Madras plague regulations and rules - Volume 1
Disease focus: Plague
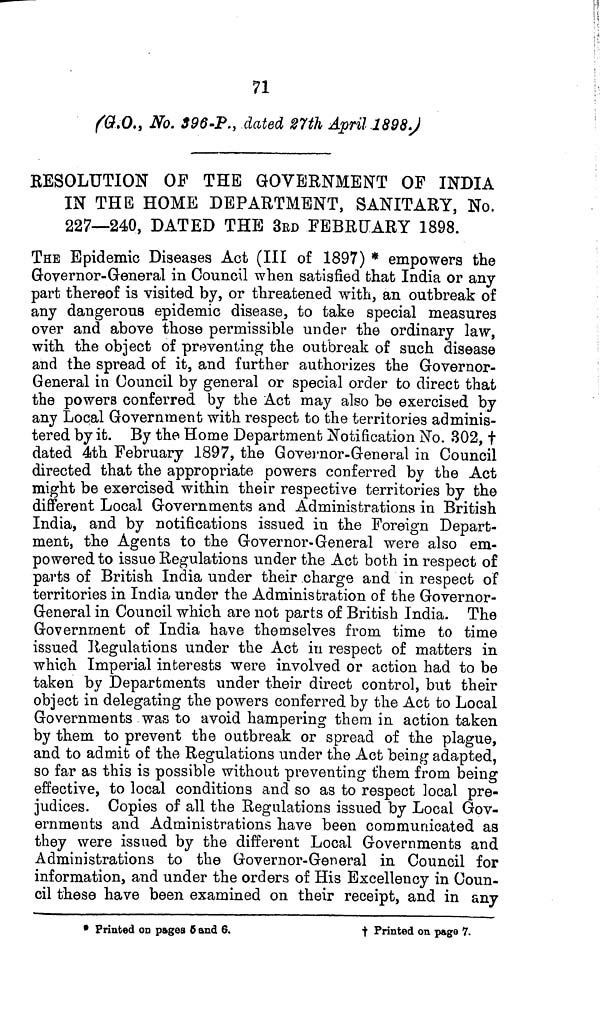
71
(G.O., No. 396-P., dated 27th April 1898.)
RESOLUTION OF THE GOVERNMENT OF INDIA
IN THE HOME DEPARTMENT, SANITARY, No.
227—240, DATED THE 3RD FEBRUARY 1898.
THE Epidemic Diseases Act (III of 1897) * empowers the
Governor-General in Council when satisfied that India or any
part thereof is visited by, or threatened with, an outbreak of
any dangerous epidemic disease, to take special measures
over and above those permissible under the ordinary law,
with the object of preventing the outbreak of such disease
and the spread of it, and further authorizes the Governor-
General in Council by general or special order to direct that
the powers conferred by the Act may also be exercised by
any Local Government with respect to the territories adminis-
tered by it. By the Home Department Notification No. 302, †
dated 4th February 1897, the Governor-General in Council
directed that the appropriate powers conferred by the Act
might be exercised within their respective territories by the
different Local Governments and Administrations in British
India, and by notifications issued in the Foreign Depart-
ment, the Agents to the Governor-General were also em-
powered to issue Regulations under the Act both in respect of
parts of British India under their charge and in respect of
territories in India under the Administration of the Governor-
General in Council which are not parts of British India. The
Government of India have themselves from time to time
issued Regulations under the Act in respect of matters in
which Imperial interests were involved or action had to be
taken by Departments under their direct control, but their
object in delegating the powers conferred by the Act to Local
Governments was to avoid hampering them in action taken
by them to prevent the outbreak or spread of the plague,
and to admit of the Regulations under the Act being adapted,
so far as this is possible without preventing them, from being
effective, to local conditions and so as to respect local pre-
judices. Copies of all the Regulations issued by Local Gov-
ernments and Administrations have been communicated as
they were issued by the different Local Governments and
Administrations to the Governor-General in Council for
information, and under the orders of His Excellency in Coun-
cil these have been examined on their receipt, and in any
• Printed on pages 6 and 6.
†
Printed on page 7.